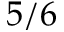
5 / 6